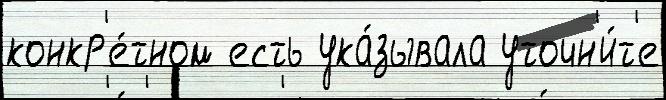
конкр'е́тном есть ука́зывала уточн'и́т'е